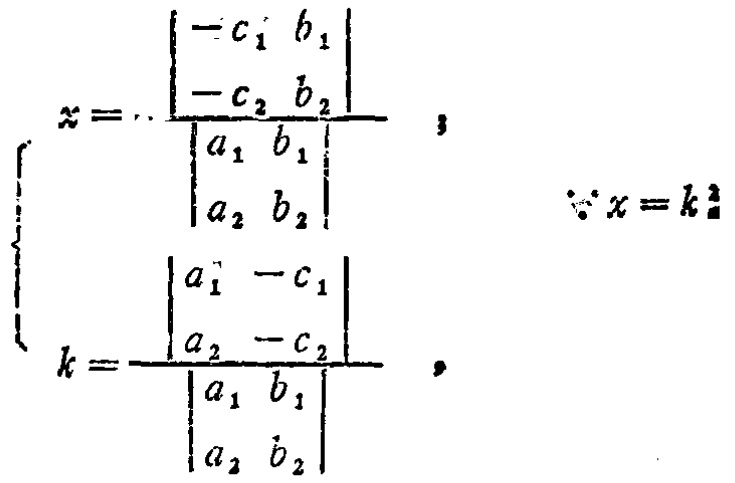
\[

\begin{cases}

x = \frac{\begin{vmatrix}

-c_1 & b_1 \\

-c_2 & b_2

\end{vmatrix}}{\begin{vmatrix}

a_1 & b_1 \\

a_2 & b_2

\end{vmatrix}}, \\

k = \frac{\begin{vmatrix}

a_1 & -c_1 \\

a_2 & -c_2

\end{vmatrix}}{\begin{vmatrix}

a_1 & b_1 \\

a_2 & b_2

\end{vmatrix}},

\end{cases}

\quad \because x = k^2

\]